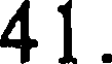
41.